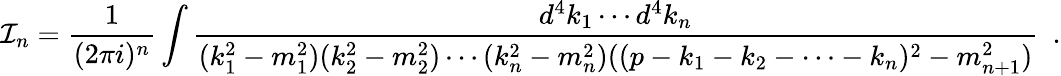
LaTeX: {\cal I}_{n}=\frac{1}{(2\pi i)^{n}}\int\frac{d^{4}k_{1}\cdots d^{4}k_{n}}{(k_{1}^{2}-m_{1}^{2})(k_{2}^{2}-m_{2}^{2})\cdots(k_{n}^{2}-m_{n}^{2})((p-k_{1}-k_{2}-\cdots-k_{n})^{2}-m_{n+1}^{2})}\ \ .